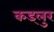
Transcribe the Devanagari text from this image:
कड्लुर